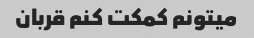
میتونم کمکت کنم قربان